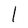
Character: l